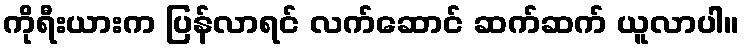
ကိုရီးယားက ပြန်လာရင် လက်ဆောင် ဆက်ဆက် ယူလာပါ။